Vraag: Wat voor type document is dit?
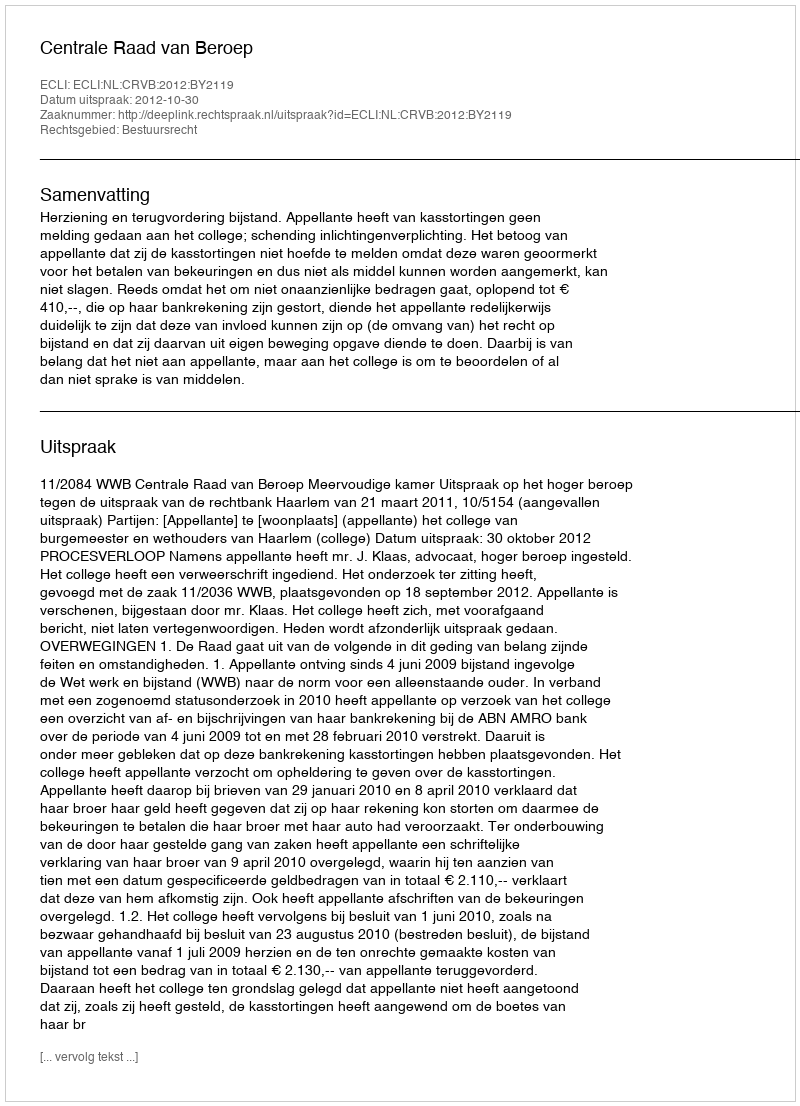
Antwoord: Uitspraak